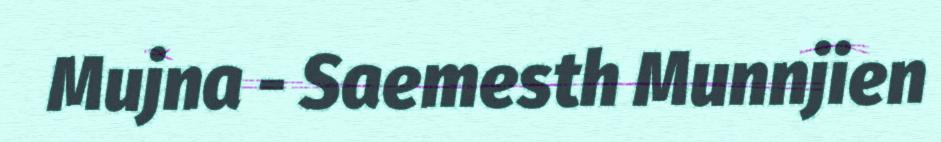
Mujna - Saemesth Munnjien